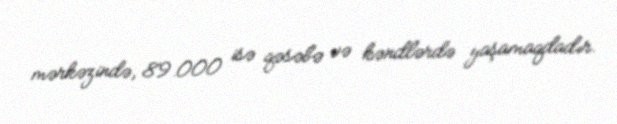
mərkəzində, 89.000 isə qəsəbə və kəndlərdə yaşamaqdadır.